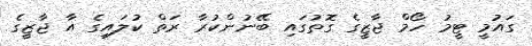
ގައުމީ ޓީމު ހޯމް ޖާޒީގެ ގޮތުގައި ބޭނުންކުރާ ރަތް ކުލައިގެ އާ ޖާޒީގެ